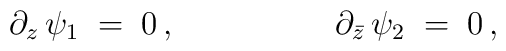
\partial_z\,\psi_1\;=\;0 \,,\hspace{2cm}\partial_{\bar{z}}\,\psi_2 \;=\; 0\,,